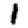
Digit: 1